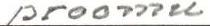
proomu